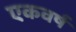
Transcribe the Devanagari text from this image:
एकवर्ष